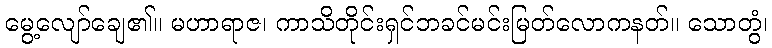
မွေ့လျော်ချေ၏။ မဟာရာဇ၊ ကာသိတိုင်းရှင်ဘခင်မင်းမြတ်လောကနတ်။ သောတွံ၊